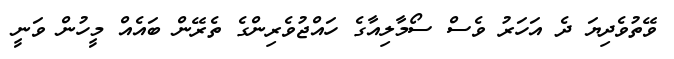
ވޭތުވެދިޔަ ދެ އަަހަރު ވެސް ސޯމާލިއާގެ ހައްޖުވެރިންގެ ތެރޭން ބައެއް މީހުން ވަނީ